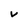
Character: v